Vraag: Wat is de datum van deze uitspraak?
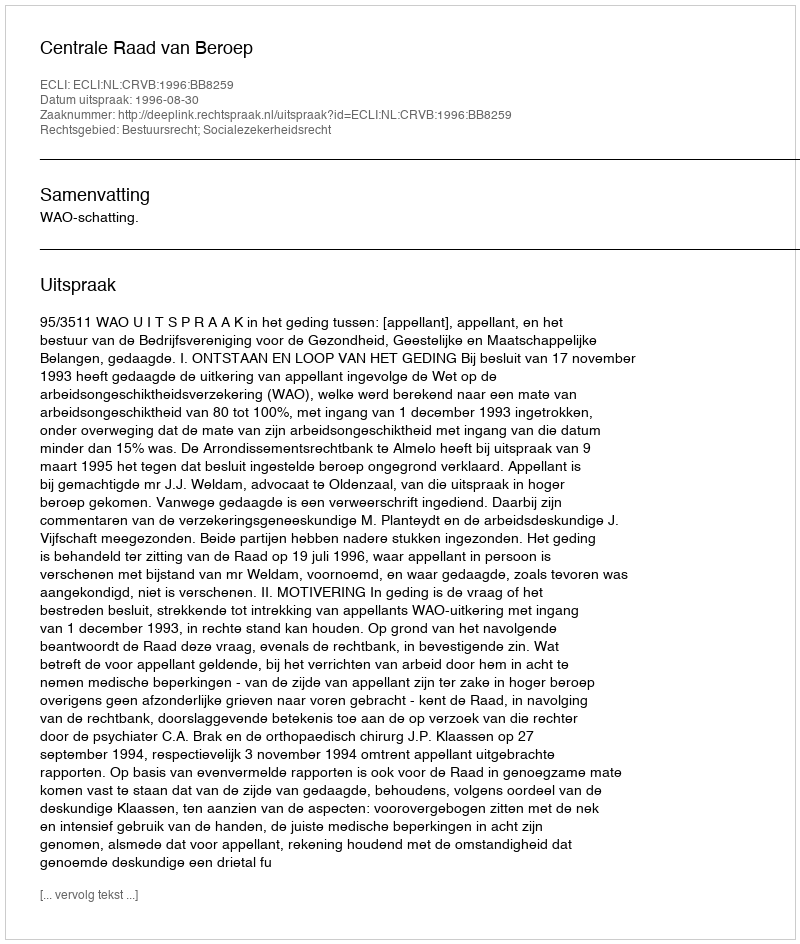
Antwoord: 1996-08-30